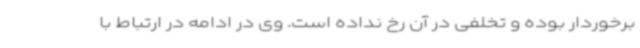
برخوردار بوده و تخلفی در آن رخ نداده است. وی در ادامه در ارتباط با